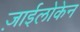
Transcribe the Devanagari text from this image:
ज़ाईलोकेन